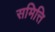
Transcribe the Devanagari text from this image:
समित्ति